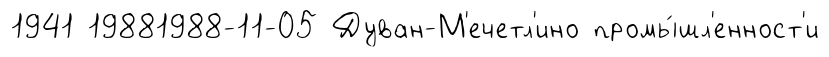
1941 19881988-11-05 Дуван-М'ечетл'ино промы́шл'енност'и